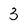
Character: 3